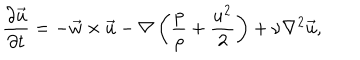
LaTeX: { \frac { \partial \vec { u } } { \partial t } } = - \vec { w } \times \vec { u } - \nabla \left( { \frac { p } { \rho } } + { \frac { u ^ { 2 } } { 2 } } \right) + \nu \nabla ^ { 2 } \vec { u } ,